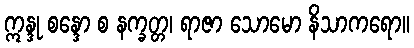
ဣန္ဒု စန္ဒော စ နက္ခတ္တ၊ ရာဇာ သောမော နိသာကရော။